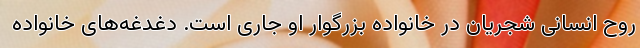
روح انسانی شجریان در خانواده بزرگوار او جاری است. دغدغه‌های خانواده